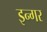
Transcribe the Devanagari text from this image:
इन्गर